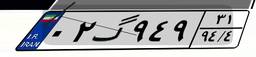
۶۷گ۹۹۶۸۵